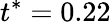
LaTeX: t^{*}=0.22